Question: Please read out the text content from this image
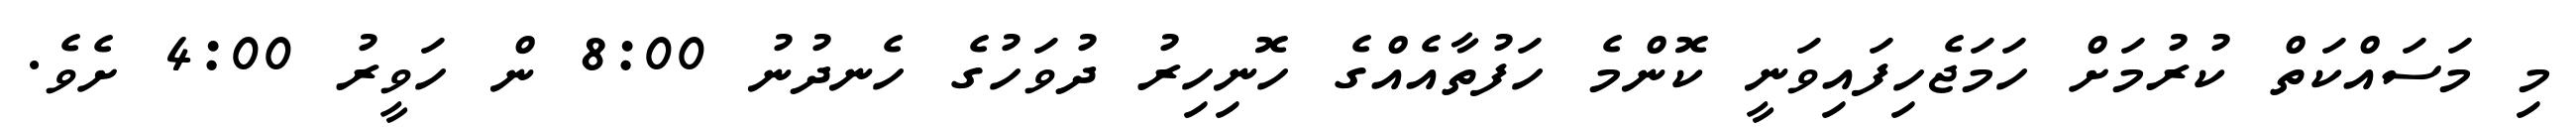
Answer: މި މަސައްކަތް ކުރުމަށް ހަމަޖެހިފައިވަނީ ކޮންމެ ހަފުތާއެއްގެ ހޮނިހިރު ދުވަހުގެ ހެނދުނު 8:00 ން ހަވީރު 4:00 ށެވެ.